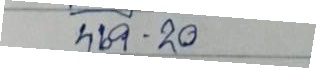
469 - 20